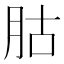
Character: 𦙶